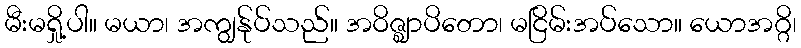
မီးမရှို့ပါ။ မယာ၊ အကျွန်ုပ်သည်။ အဝိဇ္ဈာပိတော၊ မငြိမ်းအပ်သော။ ယောအဂ္ဂိ၊